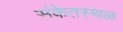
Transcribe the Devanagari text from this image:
संकेतस्‍थळ